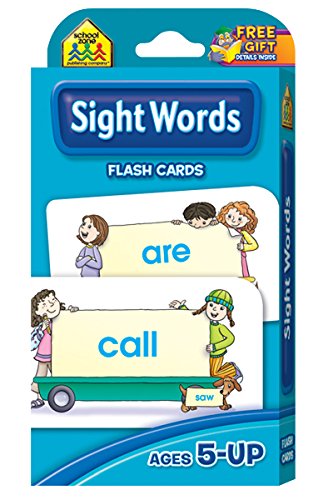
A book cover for Sight Words Flash Cards; Test Preparation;